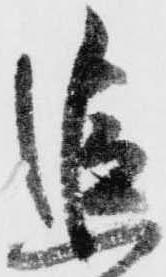
追